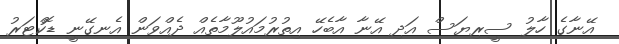
އޭނާގެ ހާލު ސީރިޔަސް އަދި އޭނާ އާބެހޭ އިތުރުމައުލޫމާތެއް ދެއްވަން އެނގޭނީ ޑޮކްޓަރު